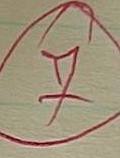
7